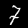
Digit: 7